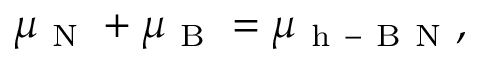
\mu _ { \mathrm { ~ N ~ } } + \mu _ { \mathrm { ~ B ~ } } = \mu _ { \mathrm { ~ h ~ - ~ B ~ N ~ } } ,